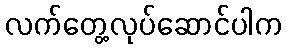
လက်တွေ့လုပ်ဆောင်ပါက